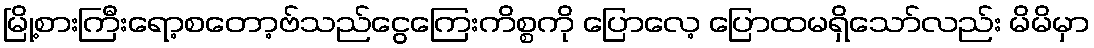
မြို့စားကြီးရော့စတော့ဗ်သည်ငွေကြေးကိစ္စကို ပြောလေ့ ပြောထမရှိသော်လည်း မိမိမှာ